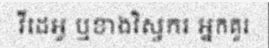
វីដេអូ ឬខាងវិស្វករ អ្នកគួរ